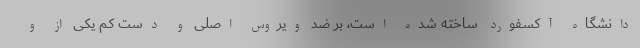
دانشگاه آکسفورد ساخته شده است، بر ضد ویروس اصلی و دست کم یکی از و